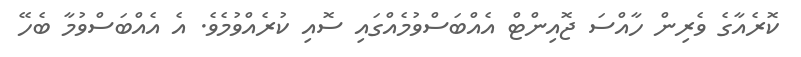
ކޮރެއާގެ ވެރިން ހާއްސަ ޖޮއިންޓް އެއްބަސްވުމެއްގައި ސޮއި ކުރެއްވުމެވެ. އެ އެއްބަސްވުމާ ބެހޭ